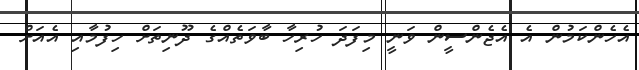
އެހެންކަމުން އެ އެޖެންސީން ވަނީ މިފަދަ ހުރިހާ ބާވަތެއްގެ ދޫނިތަށް ހިފުމާއި އެއަށް